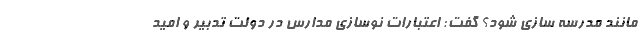
مانند مدرسه سازی شود؟ گفت: اعتبارات نوسازی مدارس در دولت تدبیر و امید